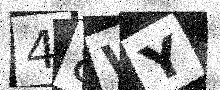
Text: 48WY